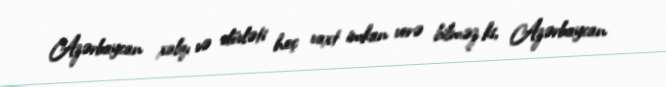
Azərbaycan xalqı və dövləti heç vaxt imkan verə bilməz ki, Azərbaycan